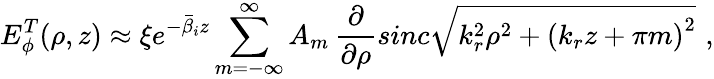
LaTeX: E_{\phi}^{T}(\rho,z)\approx\xi e^{-\bar{\beta}_{i}z}\sum_{m=-\infty}^{\infty}A_{m}\, \frac{\partial}{\partial\rho}sinc\sqrt{k_{r}^{2}\rho^{2}+\left(k_{r}z+\pi m\right)^{2}}\, \, ,